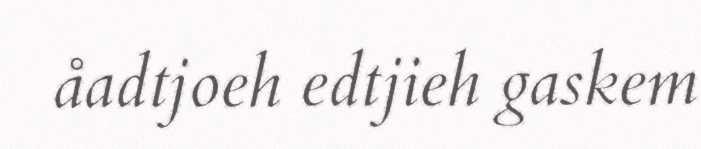
åadtjoeh edtjieh gaskem